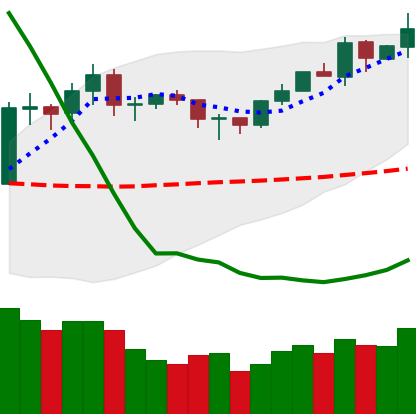
Ticker: ETH-USD
Chart end date: 2020-02-02
Forward return: 18.083%
Label: up_7plus